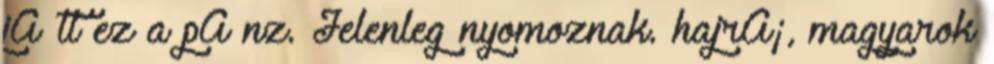
jÃ¶tt ez a pÃ nz. Jelenleg nyomoznak. hajrÃ¡, magyarok